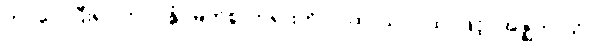
ကပ်လေပြီး၍။ ဘဂဝန္တံ၊ မြတ်စွာဘုရားကို။ ဂါထာယ၊ ဂါထာဖြင့်။ အဇ္ဈဘာသိ၊